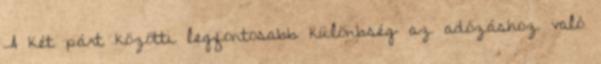
A két párt közötti legfontosabb különbség az adózáshoz való